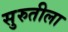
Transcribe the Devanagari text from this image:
सुरुतीला